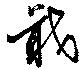
戢